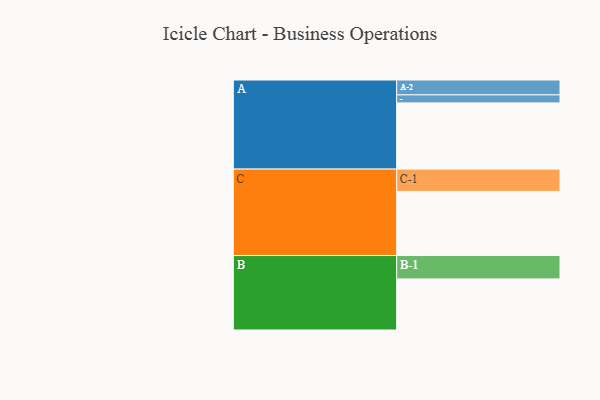
{"axis": {"x": "Segment", "y": "Value"}, "legend": ["", "A", "B", "C"], "data": [{"x": "A", "y": 570, "type": ""}, {"x": "B", "y": 440, "type": ""}, {"x": "C", "y": 552, "type": ""}, {"x": "A-1", "y": 69, "type": "A"}, {"x": "A-2", "y": 128, "type": "A"}, {"x": "B-1", "y": 201, "type": "B"}, {"x": "C-1", "y": 192, "type": "C"}]}